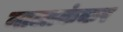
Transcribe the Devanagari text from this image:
नालाकंकर